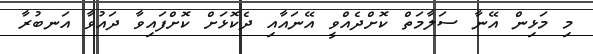
މި މަޅިން އޭނާ ސަލާމަތް ކޮށްދެއްވީ އޭނައާއި ދެކޮޅަށް ކޮށްފައިވާ ދައުވާ އަނބުރާ